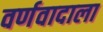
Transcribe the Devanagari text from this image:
वर्णवादाला